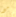
مع